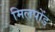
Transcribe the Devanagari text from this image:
मिलपोंड